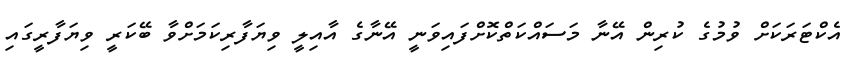
އެކްޓަރަކަށް ވުމުގެ ކުރިން އޭނާ މަސައްކަތްކޮށްފައިވަނީ އޭނާގެ އާއިލީ ވިޔަފާރިކަމަށްވާ ބޭކަރީ ވިޔަފާރީގައި